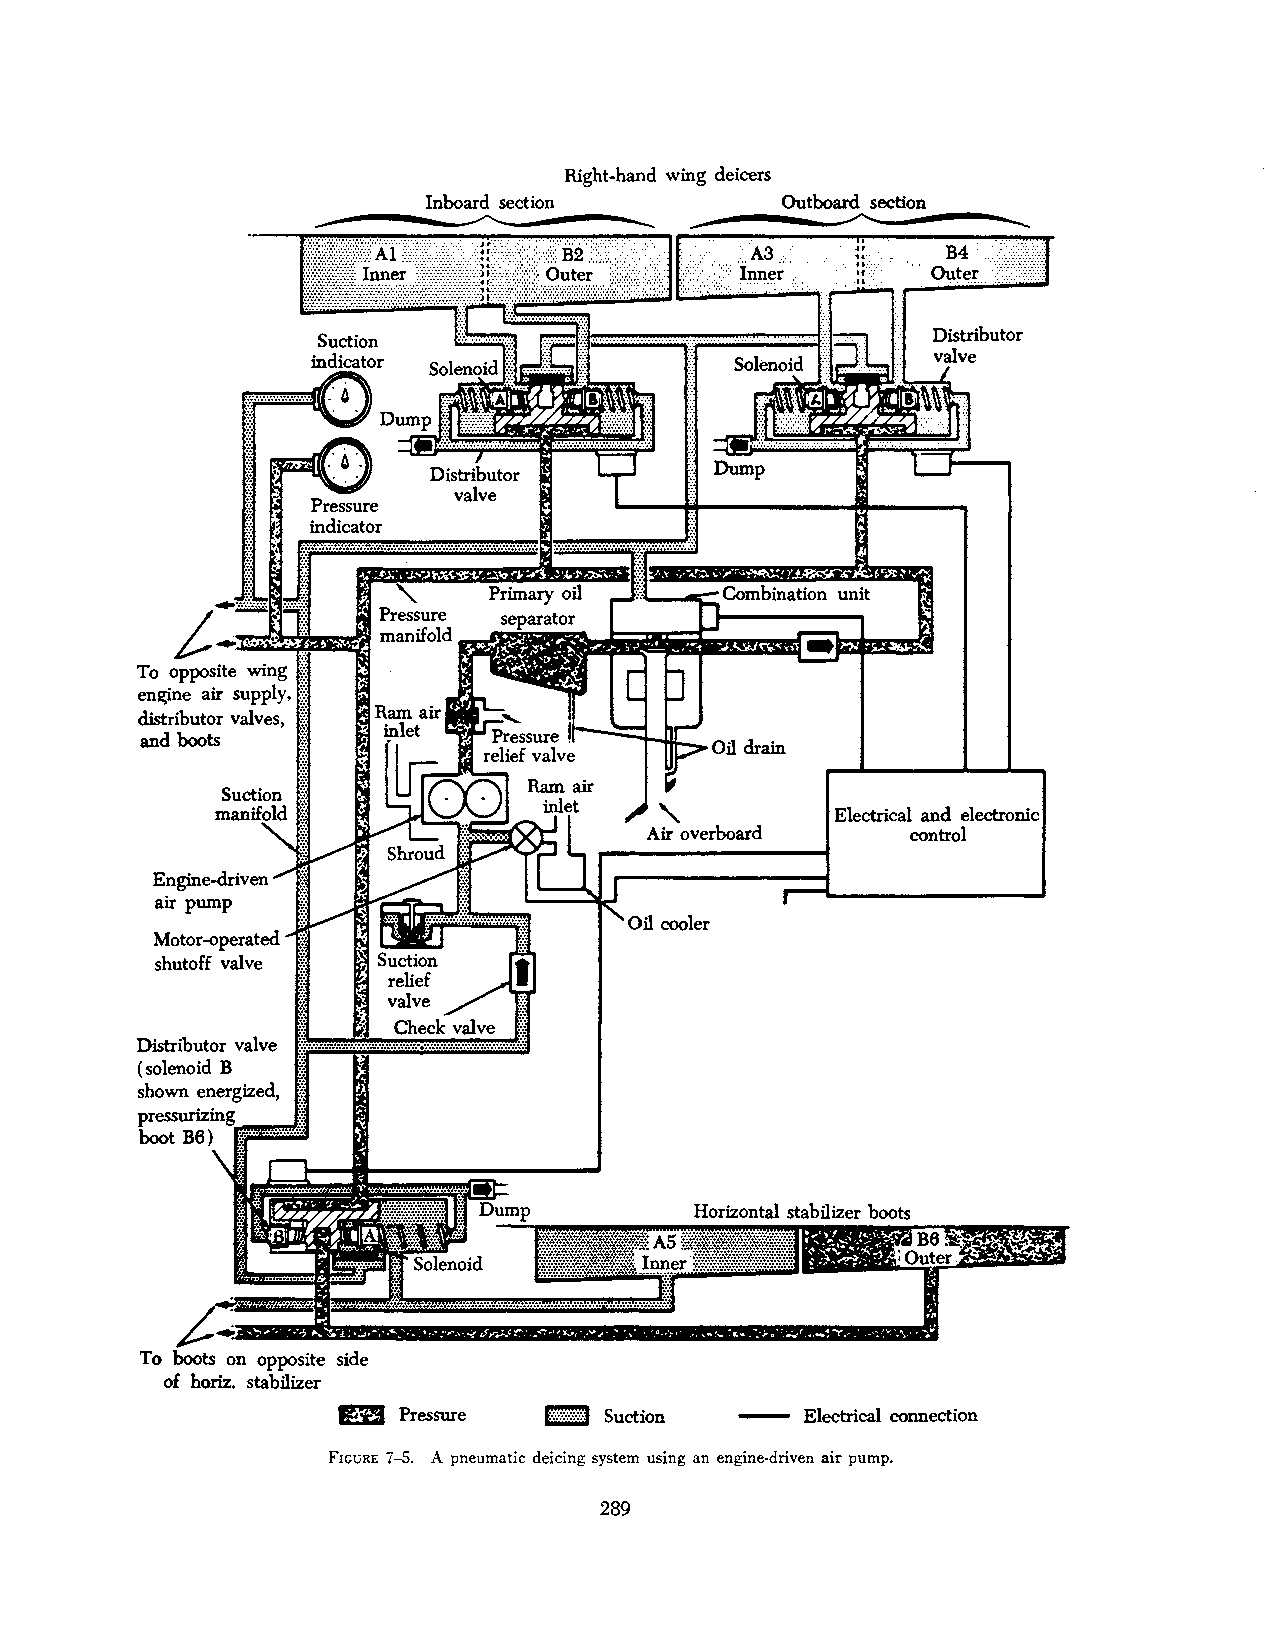
Right-hand wing deicers
 Inboard section         Outboard section
 -----------~,----------           ~--------~
 Pressu=re ..: :
 indicator
 unit
 £,.·]!
 ~D!
 To opposite wing
 en$le air supply,
 distributor valves,
 and boots
 Electrical and electronic
 control
 Engine-driven
 air pump
 Motor-operated
 shutoff valve
 Distributor valve
 (solenoid B
 shown energized,
 To    on opposite side
 of horiz. stabilizer
 E,D Pressure  1:-;:-:-:-:-:-:·:·:-1 Suction - Electrical connection
 FIGURE 7-5. A pneumatic deicing system using an engine-driven air pump.
 289